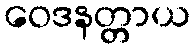
ဝေဒနတ္တာယ